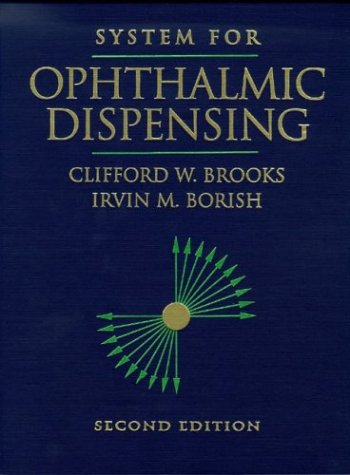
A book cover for System for Ophthalmic Dispensing, 2e; Clifford W. Brooks OD; Medical Books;